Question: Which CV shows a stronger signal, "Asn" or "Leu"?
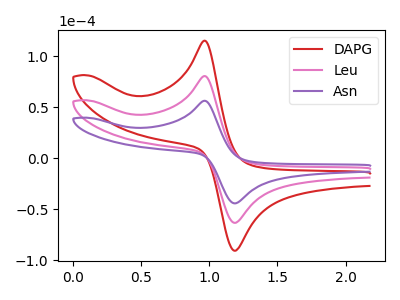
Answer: <think>The red curve "DAPG" has an anodic peak at (0.95V, 161.00uA) and a cathodic peak at (1.20V, -126.65uA). The pink curve "Leu" has an anodic peak at (0.95V, 80.50uA) and a cathodic peak at (1.20V, -63.35uA). The purple curve "Asn" has an anodic peak at (0.95V, 56.25uA) and a cathodic peak at (1.20V, -44.25uA).
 All the peaks in "Asn" have a peak in "Leu" at the same potential. Every peak in "Asn" is lower than every peak in "Leu".</think>
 <answer>"Asn" has less signal than "Leu".</answer>
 <eval>less_signal</eval>